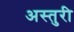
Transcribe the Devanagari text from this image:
अस्तुरी